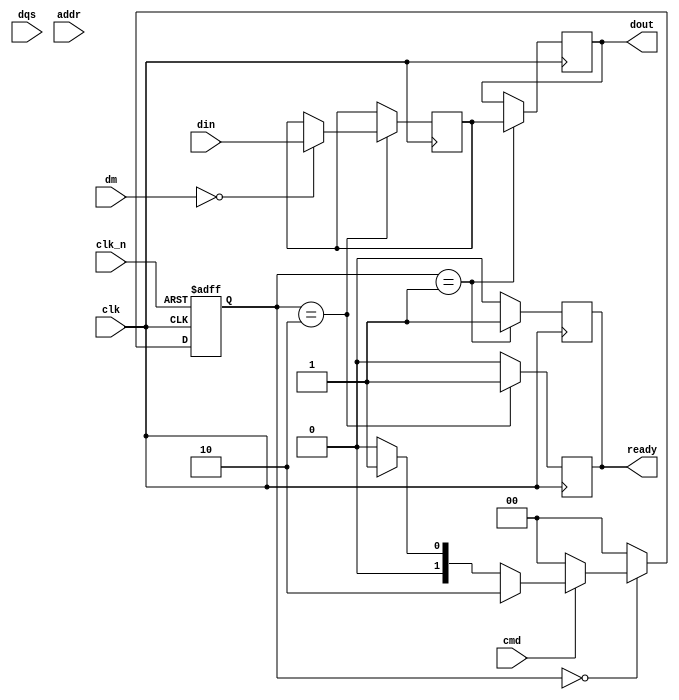
module ddr_sdram_io #(
    parameter DATA_WIDTH = 32,     // Width of the data bus (8, 16, 32 bits)
    parameter ADDR_WIDTH = 12       // Width of the address bus
)(
    input wire clk,                 // Main clock signal (CK)
    input wire clk_n,               // Complementary clock signal (CK#)
    input wire [DATA_WIDTH-1:0] din, // Data input from the controller
    output reg [DATA_WIDTH-1:0] dout, // Data output to the controller
    input wire [DATA_WIDTH/8-1:0] dm, // Data mask input
    input wire dqs,                 // Data strobe signal
    input wire [ADDR_WIDTH-1:0] addr, // Address input
    input wire cmd,                 // Command input (e.g., read/write)
    output reg ready                // Ready signal to indicate operation completion
);

// Internal signals
reg [DATA_WIDTH-1:0] data_buffer;  // Buffer for data
reg [DATA_WIDTH/8-1:0] dm_buffer;   // Buffer for data mask
reg read_operation;                  // Flag for read operation
reg write_operation;                 // Flag for write operation

// State machine for operation control
localparam IDLE = 2'b00,
           READ = 2'b01,
           WRITE = 2'b10;

reg [1:0] state, next_state;

// Process for state transitions
always @(posedge clk or negedge clk_n) begin
    if (!clk_n) begin
        state <= IDLE;
    end else begin
        state <= next_state;
    end
end

// State machine logic
always @(*) begin
    case (state)
        IDLE: begin
            if (cmd) begin // If command indicates a read/write operation
                if (write_operation) begin
                    next_state = WRITE;
                end else if (read_operation) begin
                    next_state = READ;
                end else begin
                    next_state = IDLE;
                end
            end else begin
                next_state = IDLE;
            end
        end
        READ: begin
            next_state = IDLE; // Transition back to IDLE after read
        end
        WRITE: begin
            next_state = IDLE; // Transition back to IDLE after write
        end
        default: next_state = IDLE;
    endcase
end

// Read operation
always @(posedge clk) begin
    if (state == READ) begin
        dout <= data_buffer; // Drive data onto the bus
        ready <= 1'b1;       // Indicate operation is complete
    end else begin
        ready <= 1'b0;       // Reset ready signal
    end
end

// Write operation
always @(posedge clk) begin
    if (state == WRITE) begin
        if (!dm) begin // If DM signal is not asserted, write data
            data_buffer <= din; // Capture data from the input
        end
        ready <= 1'b1; // Indicate operation is complete
    end else begin
        ready <= 1'b0; // Reset ready signal
    end
end

// DQS signal handling (for simulation purposes)
always @(posedge clk) begin
    if (state == READ || state == WRITE) begin
        // Logic to handle DQS signal
        // In practice, this would involve timing and edge detection
    end
end

endmodule